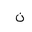
Letter: _non